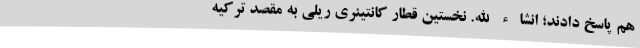
هم پاسخ دادند؛ انشاء الله. نخستین قطار کانتینری ریلی به مقصد ترکیه